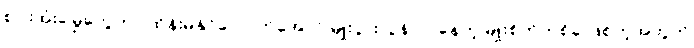
စပါးအုံးမြွေတွေဟာ ထိန်းမနိုင်လောက်အောင် မျိုးပွားလွန်လာနေတဲ့ မျိုးစိတ်တစ်ခု ဖြစ်တဲ့အတွက်